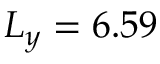
L _ { y } = 6 . 5 9